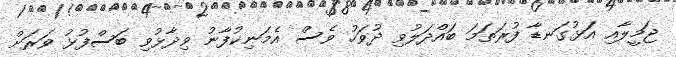
ޖަމީލާއި އަޅުގަނޑާ ފުރަތަމަ ބައްދަލުވި ދުވަހު ވެސް އެމަނިކުފާނު ވިދާޅުވި ބަސްފުޅު ވަރަށް